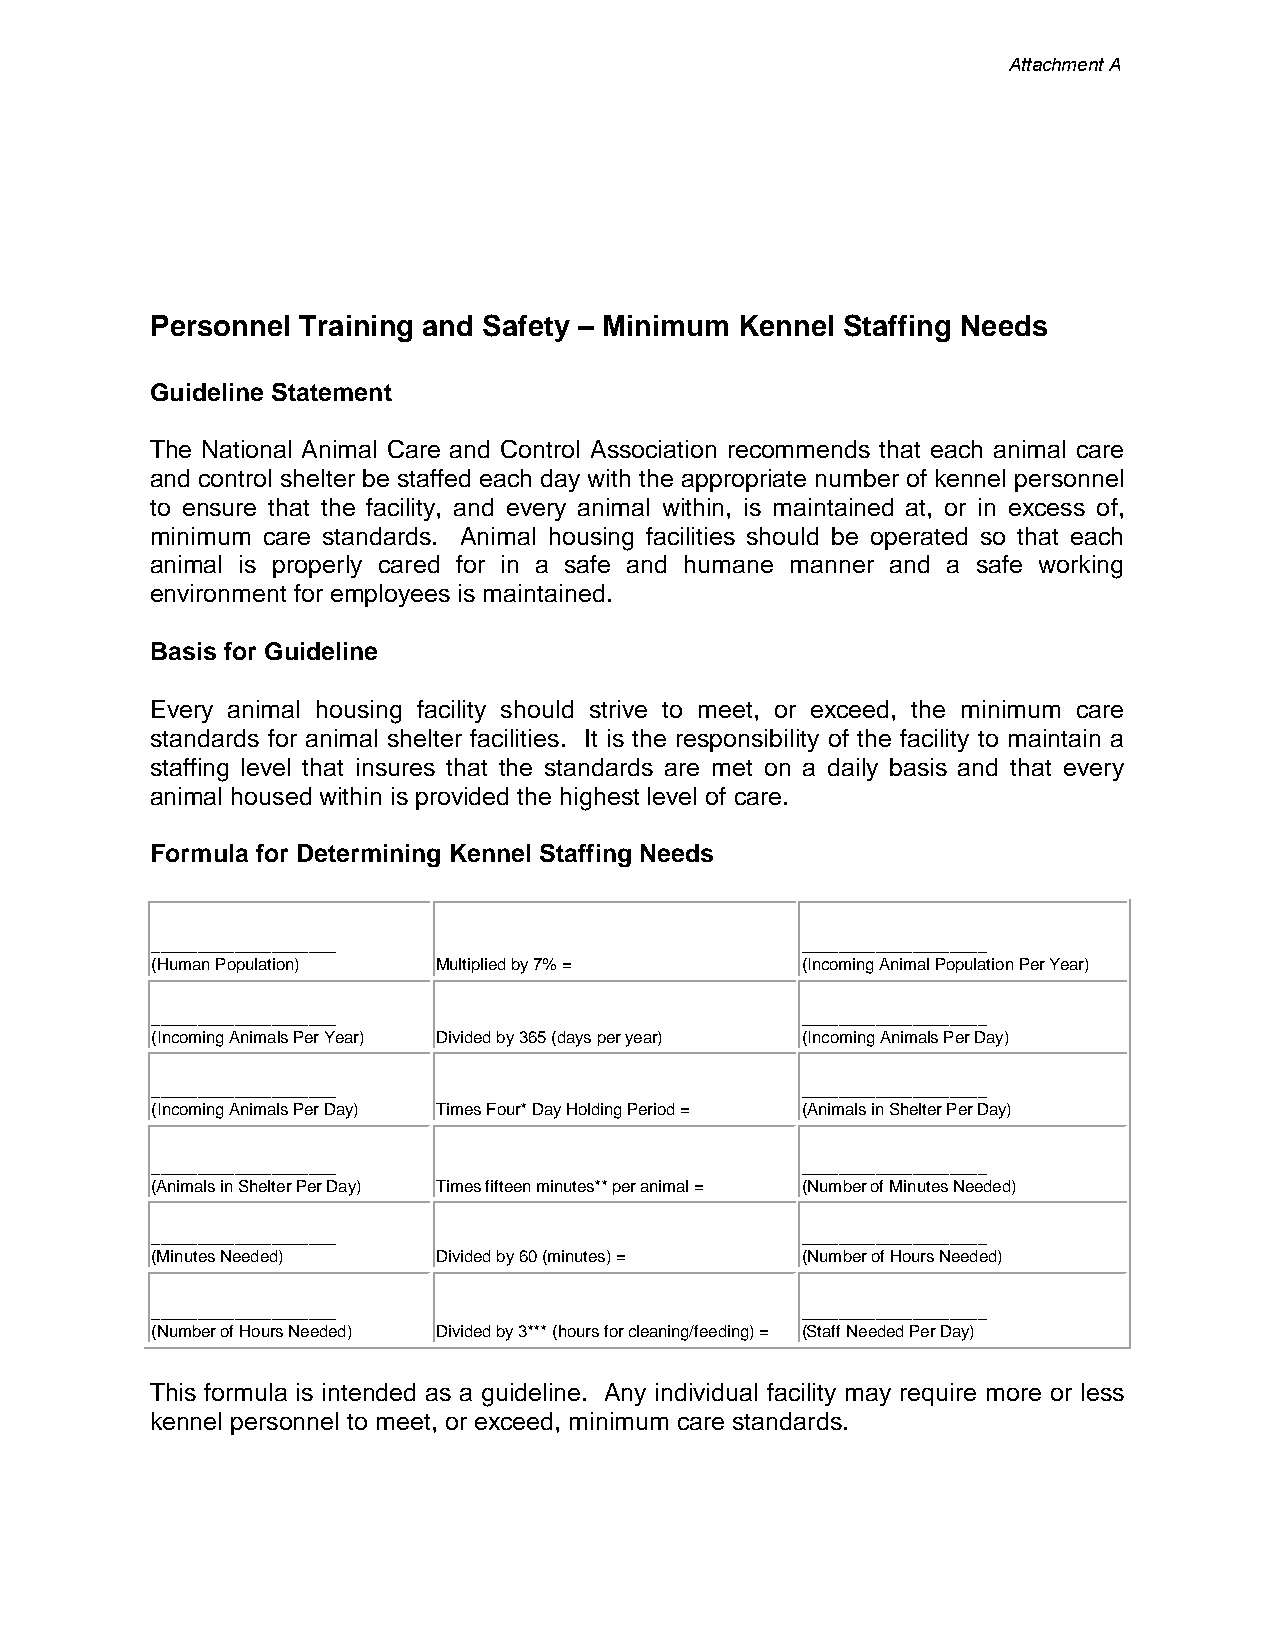
Attachment A
 Personnel Training and Safety – Minimum Kennel Staffing Needs
 Guideline Statement
 The National Animal Care and Control Association recommends that each animal care
 and control shelter be staffed each day with the appropriate number of kennel personnel
 to ensure that the facility, and every animal within, is maintained at, or in excess of,
 minimum care standards. Animal housing facilities should be operated so that each
 animal is properly cared for in a safe and humane manner and a safe working
 environment for employees is maintained.
 Basis for Guideline
 Every animal housing facility should strive to meet, or exceed, the minimum care
 standards for animal shelter facilities. It is the responsibility of the facility to maintain a
 staffing level that insures that the standards are met on a daily basis and that every
 animal housed within is provided the highest level of care.
 Formula for Determining Kennel Staffing Needs
 ____________________                       ____________________
 (Human Population) Multiplied by 7% =      (Incoming Animal Population Per Year)
 ____________________                       ____________________
 (Incoming Animals Per Year) Divided by 365 (days per year) (Incoming Animals Per Day)
 ____________________                       ____________________
 (Incoming Animals Per Day) Times Four* Day Holding Period = (Animals in Shelter Per Day)
 ____________________                       ____________________
 (Animals in Shelter Per Day) Times fifteen minutes** per animal = (Number of Minutes Needed)
 ____________________                       ____________________
 (Minutes Needed)   Divided by 60 (minutes) = (Number of Hours Needed)
 ____________________                       ____________________
 (Number of Hours Needed) Divided by 3*** (hours for cleaning/feeding) = (Staff Needed Per Day)
 This formula is intended as a guideline. Any individual facility may require more or less
 kennel personnel to meet, or exceed, minimum care standards.